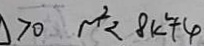
> 0 m ^ { 2 } < 8 k ^ { 2 } + 4